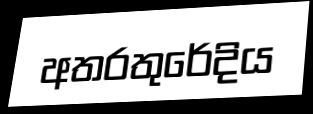
අතරතුරේදිය